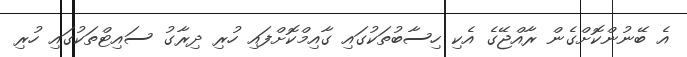
އެ ބޭނުންކޮށްގެން ރާއްޖޭގެ އެކި ހިސާބުތަކުގައި ގާއިމްކޮށްފައި ހުރި ދިރާގު ސައިޓްތަކުގައި ހުރި